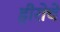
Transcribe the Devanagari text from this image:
हीरोचे